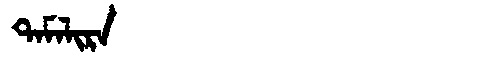
Manchu: ᡨᠠᠮᠠᠯᡳᡵᠠ
Romanization: TAMALIRA